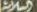
السلاش